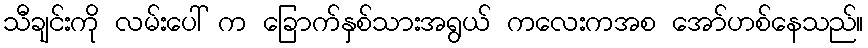
သီချင်းကို လမ်းပေါ် က ခြောက်နှစ်သားအရွယ် ကလေးကအစ အော်ဟစ်နေသည်။